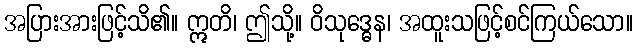
အပြားအားဖြင့်သိ၏။ ဣတိ၊ ဤသို့။ ဝိသုဒ္ဓေန၊ အထူးသဖြင့်စင်ကြယ်သော။